Triennial report on the lunatic asylums in the province of Eastern Bengal and Assam - 1903-1911
Year: 1903
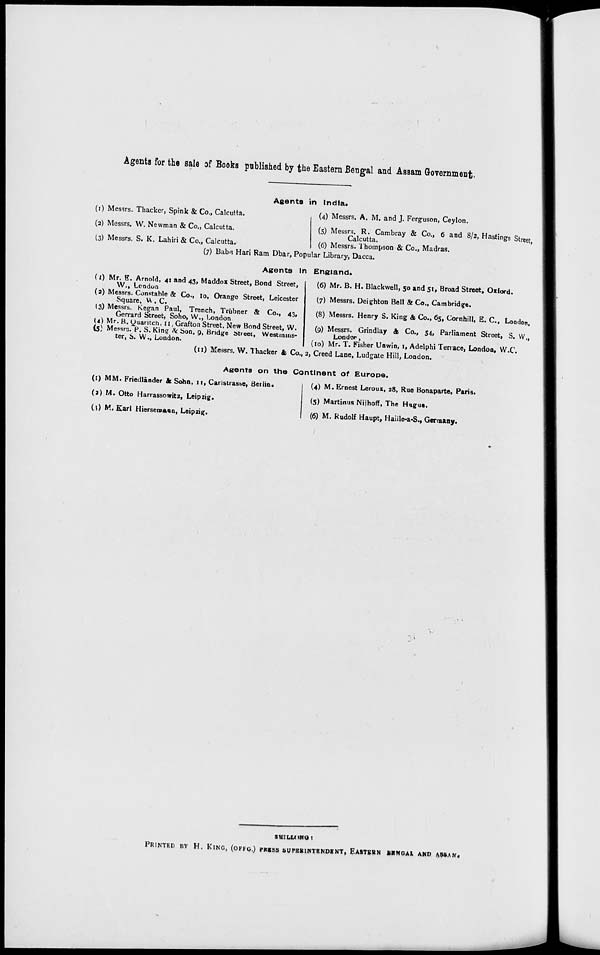
Agents for the sale of Books published by the Eastern Bengal and Assam Government.
Agents in India.
(1) Messrs. Thacker, Spink & Co., Calcutta.
(2) Messrs. W. Newman & Co., Calcutta.
(3) Messrs. S. K. Lahiri & Co., Calcutta.
(4) Messrs. A. M. and J. Ferguson, Ceylon.
(5) Messrs. R. Cambray & Co., 6 and 8/2, Hastings Street,
Calcutta.
(6) Messrs. Thompson & Co., Madras.
(7) Babu Hari Ram Dbar, Popular Library, Dacca.
Agents In England.
(1) Mr. E. Arnold, 41 and 43, Maddox Street, Bond Street,
W., London
(2) Messrs. Constable & Co., 10, Orange Street, Leicester
Square, W. C.
(3) Messrs. Kegan Paul, Trench, Trübner & Co., 43,
Gerrard Street, Soho, W., London.
(4) Mr. B. Quaritch, 11, Grafton Street, New Bond Street, W.
(5) Messrs. P. S. King & Son, 9, Bridge Street, Westmins
ter, S. W., London.
(6) Mr. B. H. Blackwell, 50 and 51, Broad Street, Oxford.
(7) Messrs. Deighton Bell & Co., Cambridge.
(8) Messrs. Henry S. King & Co., 65, Cornhill, E. C., London.
(9) Messrs. Grindlay & Co., 54, Parliament Street, S. W.,
London.
(10) Mr. T. Fisher Unwin, 1, Adelphi Terrace, London, W.C.
(11) Messrs. W. Thacker & Co., 2, Creed Lane, Ludgate Hill, London.
Agents on the Continent of Europe.
(1) MM. Friedlānder & Sohn, 11, Carlstrasse, Berlin.
(2) M. Otto Harrassowitz, Leipzig.
(3) M. Karl Hiersemann, Leipzig.
(4) M. Ernest Leroux, 28, Rue Bonaparte, Paris.
(5) Martinus Nijhoff, The Hague.
(6) M. Rudolf Haupt, Haille-a-S., Germany.
SHILLONG :
PRINTED BY H. KING, (OFFG.) PRESS SUPERINTENDENT, EASTERN BENGAL AND ASSAM.